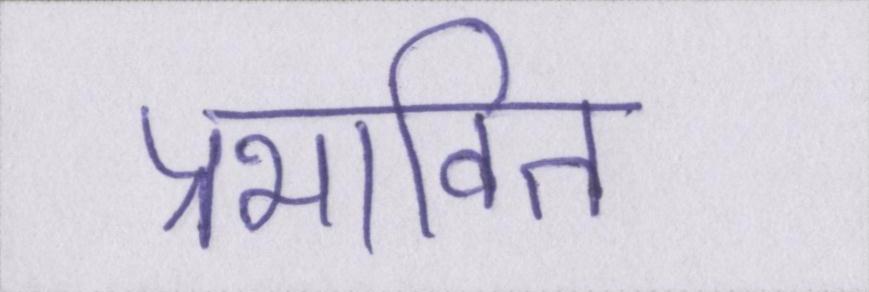
प्रभावित